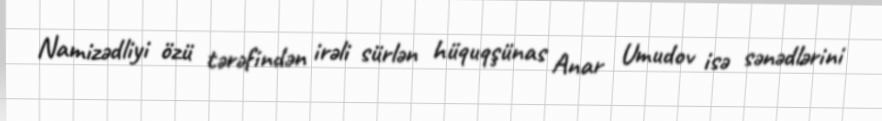
Namizədliyi özü tərəfindən irəli sürlən hüquqşünas Anar Umudov isə sənədlərini